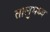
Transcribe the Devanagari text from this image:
तालुमध्य